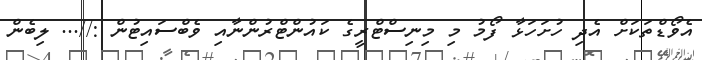
އެވޯޑްތަކަށް އެދި ހުށަހަޅާ ފޯމު މި މިނިސްޓްރީގެ ކައުންޓްރުންނާއި ވެބްސައިޓުން ://... ލިބެން